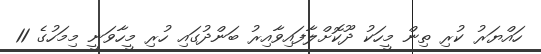
ހައްޔަރު ކުރި ތިން މީހަކު ދޫކޮށްލާފައިވާއިރު ބަންދުގައި ހުރި މީހާވަނީ މިމަހުގެ 11